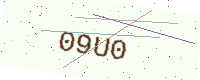
Text: 09U0